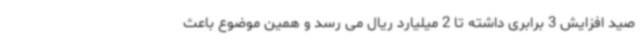
صید افزایش 3 برابری داشته تا 2 میلیارد ریال می رسد و همین موضوع باعث